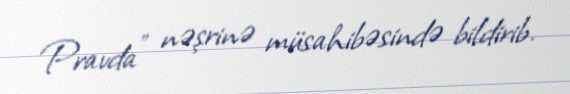
Pravda” nəşrinə müsahibəsində bildirib.